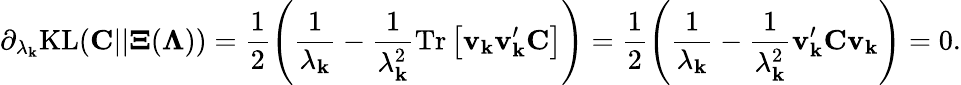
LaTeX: \partial_{\lambda_{\mathbf{k}}}\mathrm{{KL}}({\mathbf{C}}||{\mathbf{\Xi}}({\mathbf{\Lambda}}))=\frac{{1}}{{2}}\left(\frac{{1}}{{\lambda_{\mathbf{k}}}}-\frac{{1}}{{\lambda_{\mathbf{k}}^{2}}}\mathrm{{Tr}}\left[{\mathbf{v}}_{\mathbf{k}}{\mathbf{v}}_{\mathbf{k}}^{\prime}{\mathbf{C}}\right]\right)=\frac{{1}}{{2}}\left(\frac{{1}}{{\lambda_{\mathbf{k}}}}-\frac{{1}}{{\lambda_{\mathbf{k}}^{2}}}{\mathbf{v}}_{\mathbf{k}}^{\prime}{\mathbf{C}}{\mathbf{v}}_{\mathbf{k}}\right)=0.